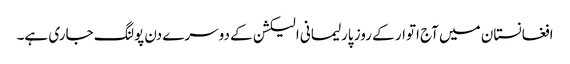
افغانستان میں آج اتوار کے روز پارلیمانی الیکشن کے دوسرے دن پولنگ جاری ہے۔